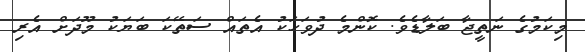
މިކަމުގެ ނަތީޖާ ބަލާޑެވެ. ކޮންމެ ދުވަހަކު އެތައް ސަތޭކަ ބަޔަކު މޫދަށް އެރި